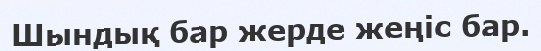
Шындық бар жерде жеңіс бар.